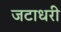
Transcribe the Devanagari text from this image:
जटाधरी